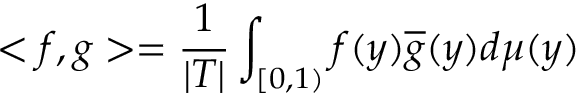
< f , g > = { \frac { 1 } { | T | } } \int _ { [ 0 , 1 ) } f ( y ) { \overline { { g } } } ( y ) d \mu ( y )